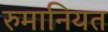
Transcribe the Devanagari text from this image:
रुमानियत